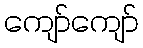
ကျော်ကျော်